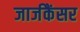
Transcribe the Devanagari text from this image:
जार्जकैंसर